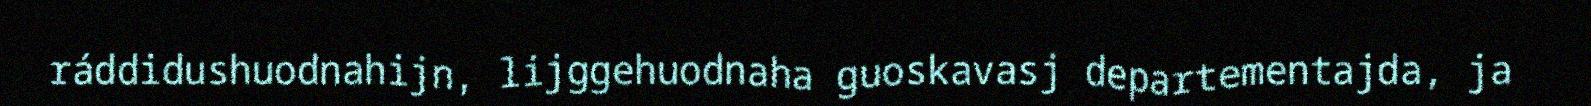
ráddidushuodnahijn, lijggehuodnaha guoskavasj departementajda, ja